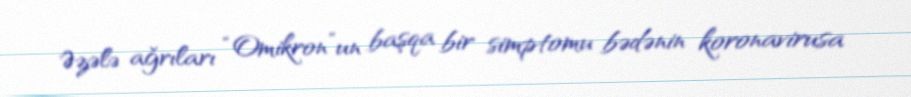
Əzələ ağrıları “Omikron”un başqa bir simptomu bədənin koronavirusa